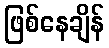
ဖြစ်နေချိန်